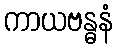
ကာယဗန္ဓနံ